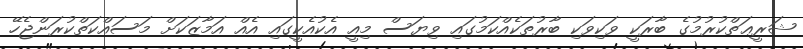
ޝަރީޢަތްކުރުމުގެ ބާރަކީ ވަކިވަކި ބާރުތަކެއްކަމުގައި ވިޔަސް މިއީ އެކުއެކީގައި އެއް އަމާޒަކަށް މަސައްކަތްކުރަންޖެހޭ